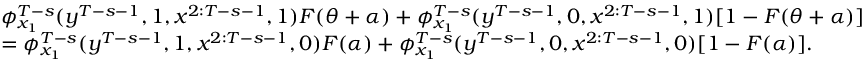
\begin{array} { r l } & { \phi _ { x _ { 1 } } ^ { T - s } ( y ^ { T - s - 1 } , 1 , x ^ { 2 : T - s - 1 } , 1 ) F ( \theta + \alpha ) + \phi _ { x _ { 1 } } ^ { T - s } ( y ^ { T - s - 1 } , 0 , x ^ { 2 : T - s - 1 } , 1 ) [ 1 - F ( \theta + \alpha ) ] } \\ & { = \phi _ { x _ { 1 } } ^ { T - s } ( y ^ { T - s - 1 } , 1 , x ^ { 2 : T - s - 1 } , 0 ) F ( \alpha ) + \phi _ { x _ { 1 } } ^ { T - s } ( y ^ { T - s - 1 } , 0 , x ^ { 2 : T - s - 1 } , 0 ) [ 1 - F ( \alpha ) ] . } \end{array}